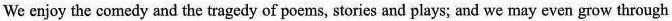
We enjoy the comedy and the tragedy of poems, stories and plays; and we may even grow through